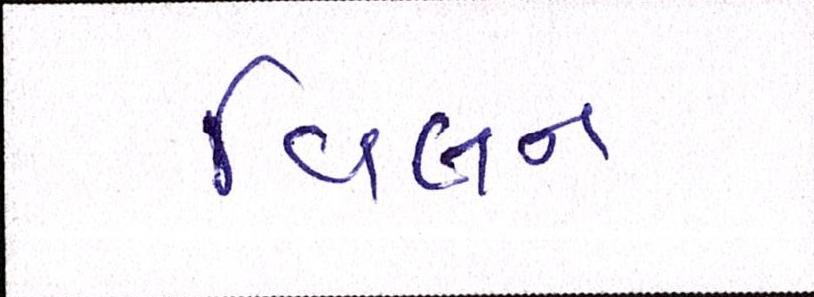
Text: વિલન